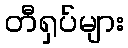
တီရှပ်များ